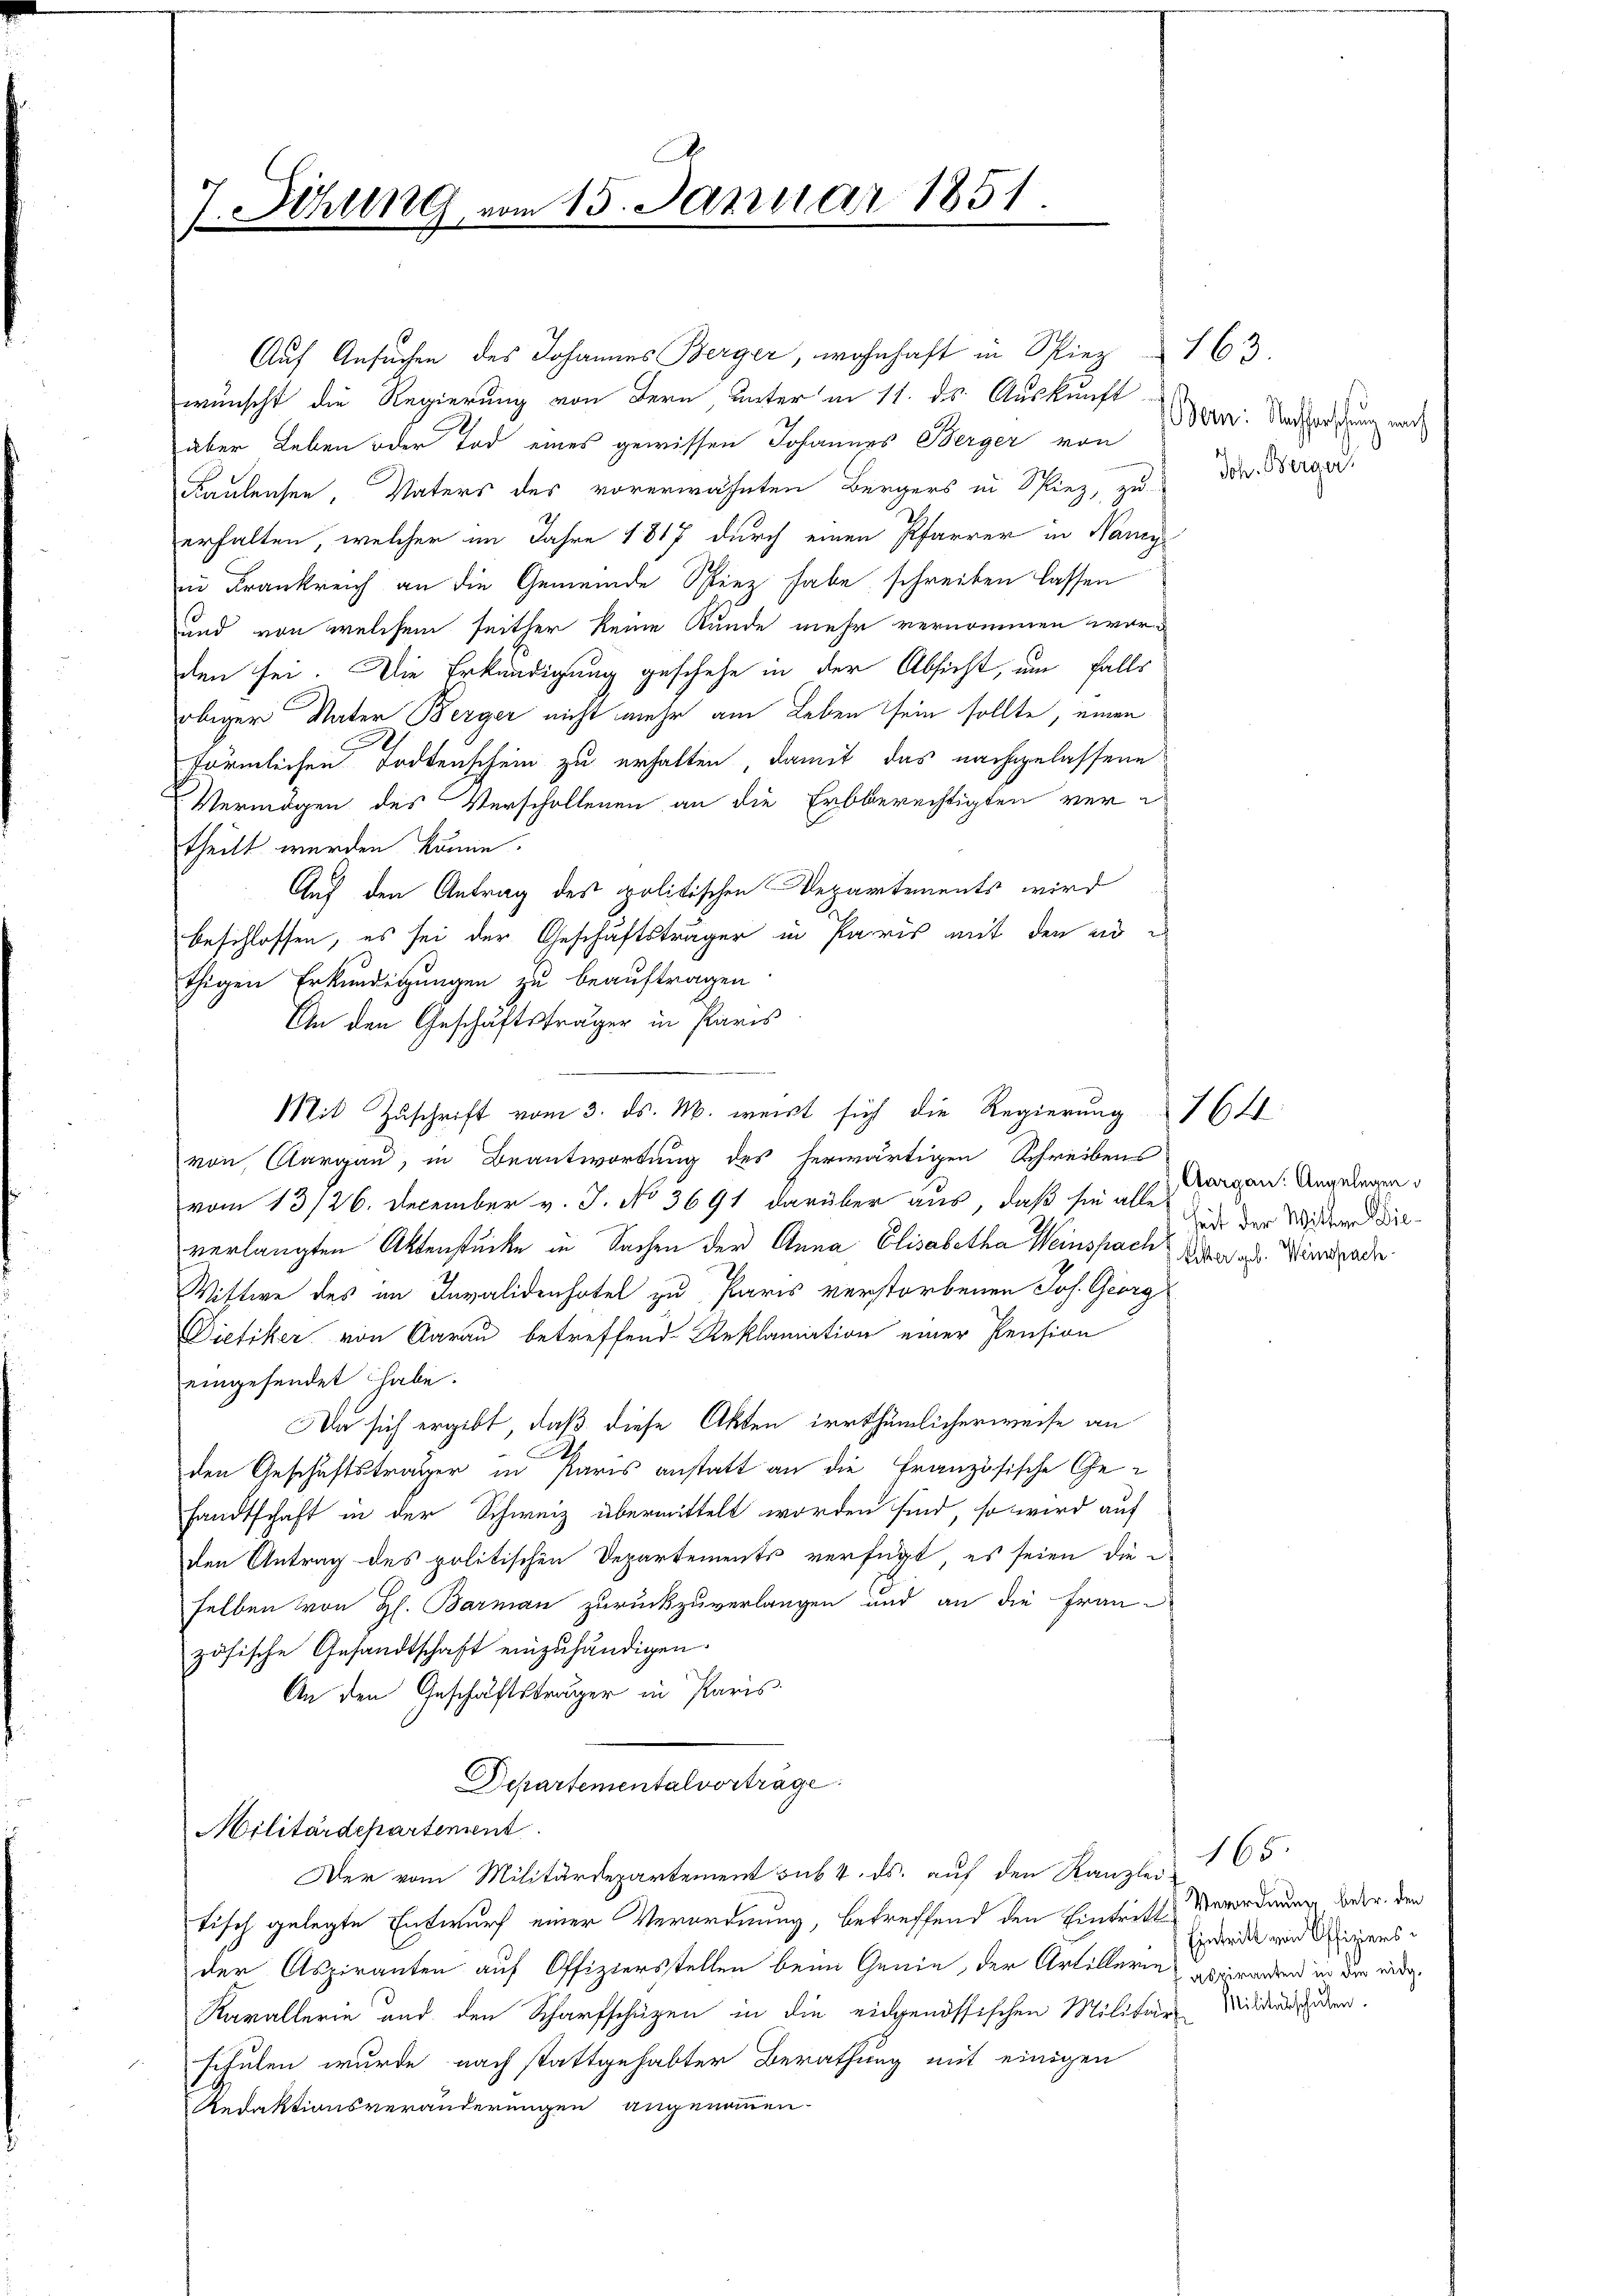
7. Sitzung vom 15. Januar 1851.

thigen Erkundigungen zu beauftragen
An den Geschäftsträger in Paris
von Aargau, in Beantwortung des herwärtigen Schreibens
vom 13/26. December v. J. No 3691 darüber aus, daß sie alle
verlangten Aktenstücke in Sachen der Anna Elisabetha Weinsprach der a. Wirrade
Wittwe des im Invalidenhotel zu Paris verstorbenen Jos. Georg
Dietiker, von Aarau betreffend Reklamation einer Pension
eingesendet habe.
Da sich ergibt, daß diese Akten irrthümlicherweise an
u
den Geschäftsträger in Paris anstatt an die Französische Ge-
sandtschaft in der Schweiz übermittelt worden sind, so wird auf
den Antrag des politischen Departements verfügt, es seien die
selben von H. Barman zurückzuverlangen und an die Frau-
zösische Gesandtschaft einzuhändigen.
An den Geschäftsträger in Paris
Departemental vorträge.
Militärdepartement
Der vom Militärdepartement sub. 4. ds. auf den Kanzlei-
tisch gelegte Entwurf einer Verordnung, betreffend den Eintritt Verordnung betr. den
der Aspiranten auf Offiziersstellen beim Genie, der Artillerin absenden in der eide¬
Kavallerie und den Scharfschüzen in die eidgenössischen Militärs Mildernden.
schulen wurde nach stattgehabter Berathung mit einigen
Redaktionsveränderungen angenommen.

Auf Ansuchen des Johannes Berger, wohnhaft in Spiez 163.
wünscht die Regierung von Bern unter in 11. ds Auskunft
aber Leben oder Tod eines gewissen Johannes Berger von
Kaulensee, Vaters des vorerwähnten Bürgers in Spiez, zu
erhalten, welcher im Jahre 1817 durch einen Pfarrer in Nancy
in Frankreich an die Gemeinde Spiez habe schreiben lassen
und von welchem seither keine Kunde mehr vernommen worden sei. Die Erkundigung geschehe in der Absicht, um falls
obiger Vater Berger nicht mehr am Leben sein sollte, einen
förmlichen Todtenschein zu erhalten, damit das nachgelassene
Vermögen des Verschollenen an die Erbberechtigten vertheilt werden könne.
Auf den Antrag des politischen Departements wird
beschlossen, es sei der Geschäftsträger in Paris mit den er u

Mit Zuschrift vom 3. ds. M. weit sich die Regierung 764

Bern: Nachforschung nach
Joh. Berger.

Aargau: Angelegen d
Zeit der Witter Die¬

165.
Eintritt von Offiziers¬